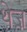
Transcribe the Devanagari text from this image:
थेज़